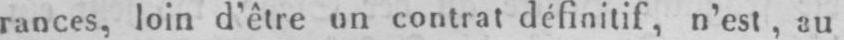
rances, loin d’être un contrat définitif, n’est, au